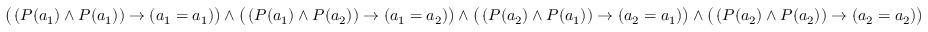
{ \big ( } \left( P ( a _ { 1 } ) \wedge P ( a _ { 1 } ) \right) \rightarrow ( a _ { 1 } = a _ { 1 } ) { \big ) } \wedge { \big ( } \left( P ( a _ { 1 } ) \wedge P ( a _ { 2 } ) \right) \rightarrow ( a _ { 1 } = a _ { 2 } ) { \big ) } \wedge { \big ( } \left( P ( a _ { 2 } ) \wedge P ( a _ { 1 } ) \right) \rightarrow ( a _ { 2 } = a _ { 1 } ) { \big ) } \wedge { \big ( } \left( P ( a _ { 2 } ) \wedge P ( a _ { 2 } ) \right) \rightarrow ( a _ { 2 } = a _ { 2 } ) { \big ) }